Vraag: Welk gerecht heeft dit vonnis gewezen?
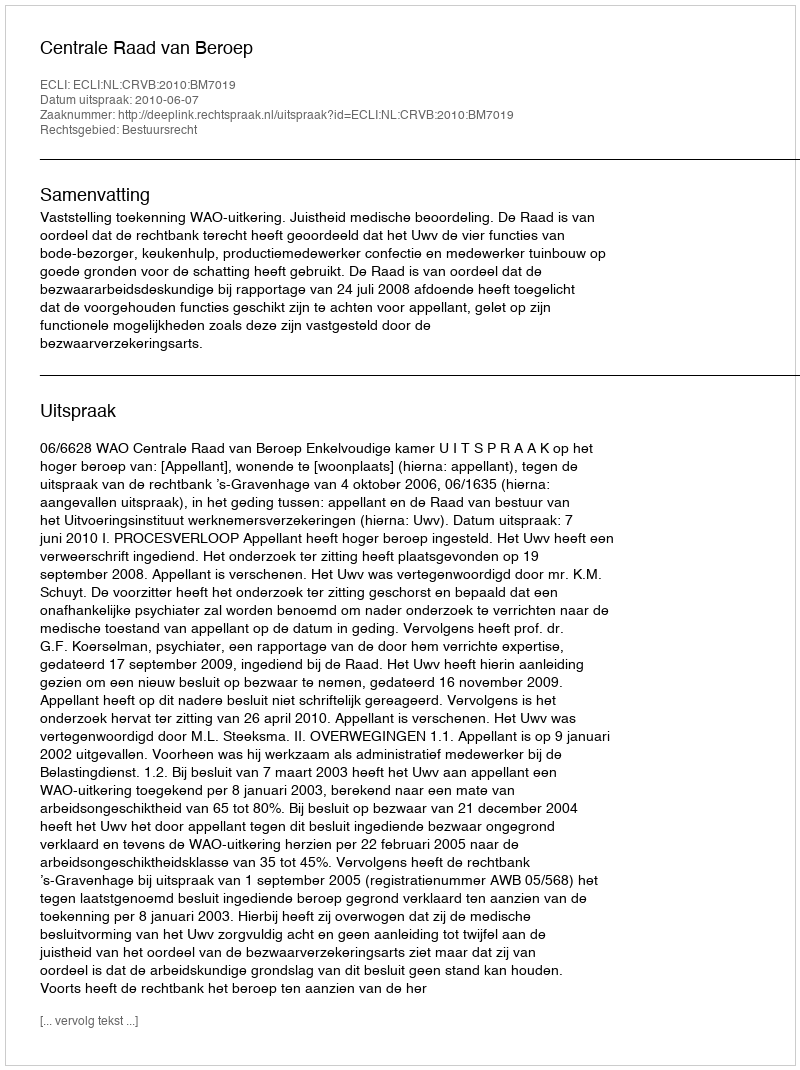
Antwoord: Centrale Raad van Beroep